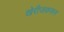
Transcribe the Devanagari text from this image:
खेरीजकरून